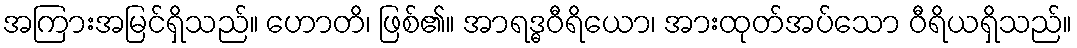
အကြားအမြင်ရှိသည်။ ဟောတိ၊ ဖြစ်၏။ အာရဒ္ဓဝီရိယော၊ အားထုတ်အပ်သော ဝီရိယရှိသည်။